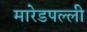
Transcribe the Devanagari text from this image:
मारेडपल्ली